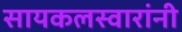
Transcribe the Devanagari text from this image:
सायकलस्वारांनी